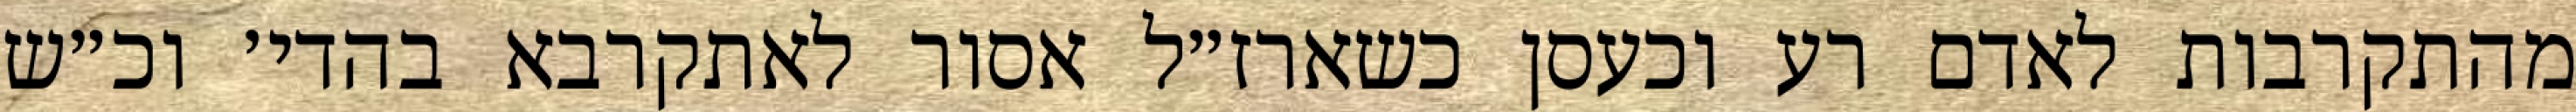
מהתקרבות לאדם רע וכעסן כשארז״ל אסור לאתקרבא בהדי׳ וכ״ש